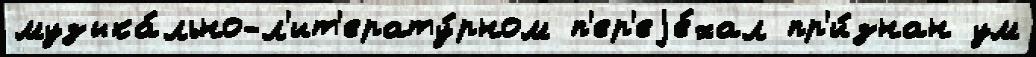
музыка́льно-л'ит'ерату́рном п'ер'еjе́хал пр'и́знан ум